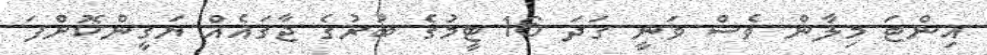
އިންޓަ މިލާން ވެސް ވަނީ ގަދަ 16 ޓީމުގެ ބުރުގެ ޖާގައެއް ޔަގީންކޮށްފަ